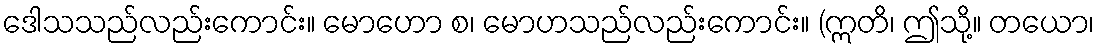
ဒေါသသည်လည်းကောင်း။ မောဟော စ၊ မောဟသည်လည်းကောင်း။ (ဣတိ၊ ဤသို့။ တယော၊